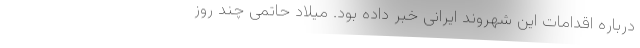
درباره اقدامات این شهروند ایرانی خبر داده بود. میلاد حاتمی چند روز